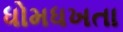
ધોમધખતા